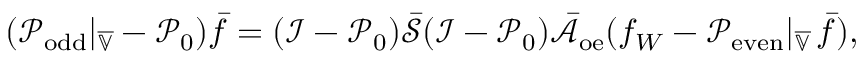
( \mathcal { P } _ { \mathrm { o d d } } | _ { \overline { { \mathbb { V } } } } - \mathcal { P } _ { 0 } ) \bar { f } = ( \mathcal { I } - \mathcal { P } _ { 0 } ) \bar { \mathcal { S } } ( \mathcal { I } - \mathcal { P } _ { 0 } ) \bar { \mathcal { A } } _ { \mathrm { o e } } ( f _ { W } - \mathcal { P } _ { \mathrm { e v e n } } | _ { \overline { { \mathbb { V } } } } \, \bar { f } ) ,